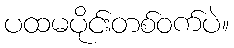
ပထမပိုင်းတစ်ဝက်ပဲ။